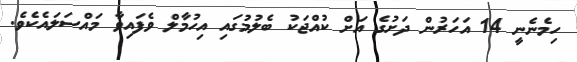
ހިމެނެނީ 14 އަހަރުން ދަށުގެ އަށް ކުއްޖަކު ބެލުމުގައި އިހުމާލް ވެފައިވާ މައްސަލައެކެވެ.